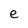
Character: e